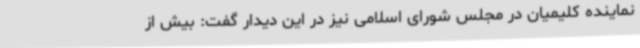
نماینده کلیمیان در مجلس شورای اسلامی نیز در این دیدار گفت: بیش از